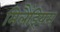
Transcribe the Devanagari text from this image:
मिलैंड्रियम